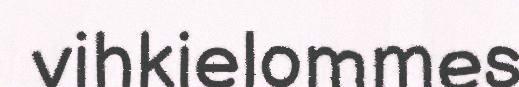
vihkielommes